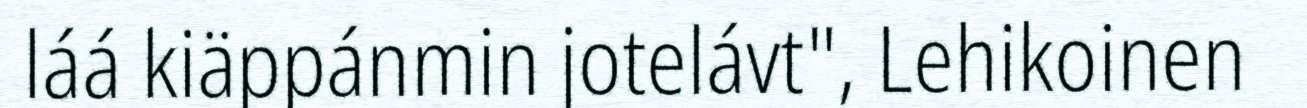
láá kiäppánmin jotelávt", Lehikoinen